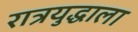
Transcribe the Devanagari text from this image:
रात्रयुद्धाला